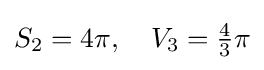
S_{2}=4\pi ,\quad V_{3}={\tfrac {4}{3}}\pi